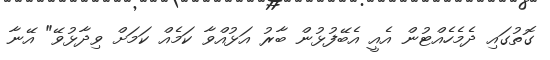
ގޮތުގައި ދެމެހެއްޓުން އެއީ އެބޭފުޅުން ބާރު އަޅުއްވާ ކަމެއް ކަމަށް ވިދާޅުވޭ" އޭނާ